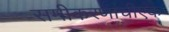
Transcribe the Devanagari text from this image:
समीकरणांचीएक